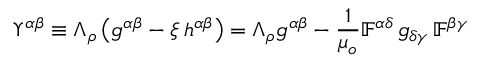
\Upsilon ^ { \alpha \beta } \equiv \Lambda _ { \rho } \left( g ^ { \alpha \beta } - \xi \, h ^ { \alpha \beta } \right) = \Lambda _ { \rho } g ^ { \alpha \beta } - \frac { 1 } { \mu _ { o } } \mathbb { F } ^ { \alpha \delta } \, g _ { \delta \gamma } \, \mathbb { F } ^ { \beta \gamma }